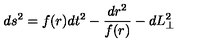
d s ^ { 2 } = f ( r ) d t ^ { 2 } - \frac { d r ^ { 2 } } { f ( r ) } - d L _ { \perp } ^ { 2 }